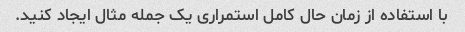
با استفاده از زمان حال کامل استمراری یک جمله مثال ایجاد کنید.